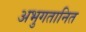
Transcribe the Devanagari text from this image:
अभुगतानित